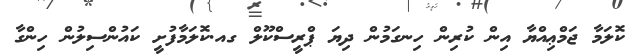
ކޮލަމާ ޖަމްޢިއްޔާ އިން ކުރިން ހިނގަމުން ދިޔަ ޕްރީސްކޫލް ގއ.ކޮލަމާފުށީ ކައުންސިލުން ހިންގާ